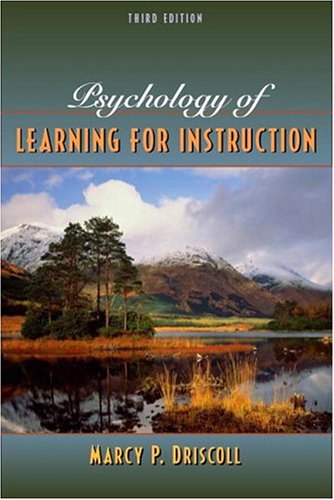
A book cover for Psychology of Learning for Instruction (3rd Edition); Marcy P. Driscoll; Medical Books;